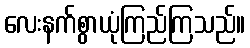
လေးနက်စွာယုံကြည်ကြသည်။